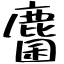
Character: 麕